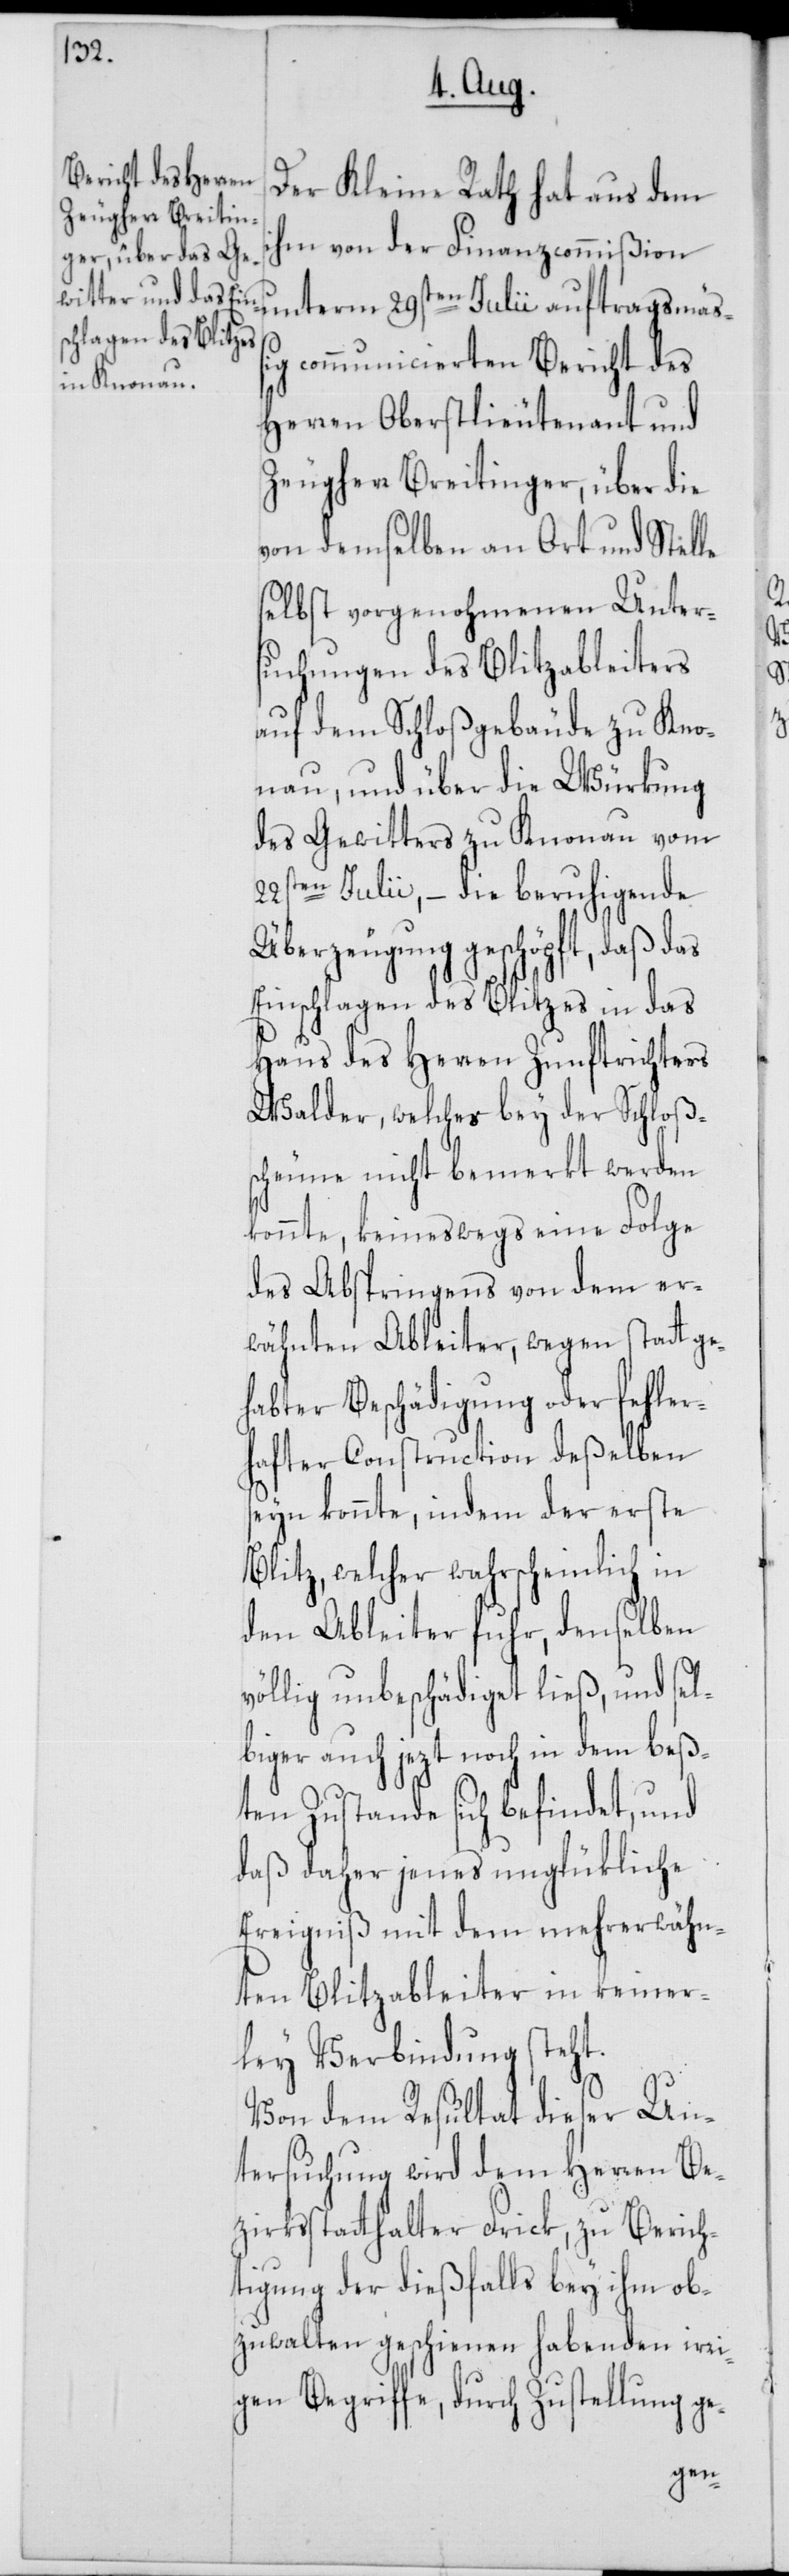
Der Kleine Rath hat aus dem
ihm von der Finanzcommißion
communicierten Bericht des
Herren Oberstlieutenant und
Zeugherr Breitinger, über die
von demselben an Ort und Stelle
selbst vorgenohmenen Unter¬
suchungen des Blitzableiters
auf dem Schloßgebäude zu Kno¬
nau, und über die Würkung
des Gewitters zu Knonau vom
22sten Julii, – die beruhigende
Überzeugung geschöpft, daß das
Einschlagen des Blitzes in das
Haus des Herren Zunftrichters
Walder, welches bey der Schloß¬
scheune nicht bemerkt werden
konnte, keineswegs eine Folge
des Abspringens von dem er¬
wähnten Ableiter, wegen stattge¬
habter Beschädigung oder fehler¬
hafter Construction deßelben
seyn konnte, indem der erste
Blitz, welcher wahrscheinlich in
den Ableiter fuhr, denselben
völlig unbeschädiget ließ, und sel¬
biger auch jezt noch in dem beß¬
ten Zustande sich befindet und
daß daher jenes unglükliche
Ereigniß mit dem mehrerwähn¬
ten Blitzableiter in keiner¬
ley Verbindung steht.
Von dem Resultat dieser Un¬
tersuchung wird dem Herren Be¬
zirksstatthalter Frick, zu Berich¬
tigung der dießfalls bey ihm ob¬
zuwalten geschienen habenden irri¬
gen Begriffe, durch Zustellung ge-